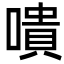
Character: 嘳